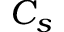
C _ { s }